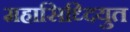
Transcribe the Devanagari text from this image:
महासिध्दियुत